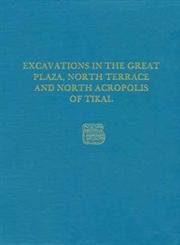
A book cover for Excavations in the Great Plaza, North Terrace, and North Acropolis of Tikal: Tikal Report 14 (University Museum Monographs); William R. Coe; Science & Math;